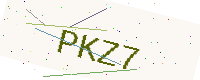
Text: PKZ7